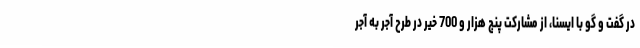
در گفت و گو با ایسنا، از مشارکت پنج هزار و 700 خیر در طرح آجر به آجر